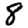
Digit: 8